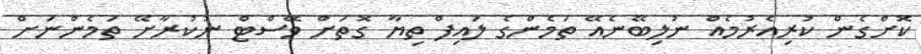
ކޮށްގެން ކުރިއެރުމެއް ނުލިބޭނެއޭ ތަމެންގެ ލައިފް ތިޔާ ގޮތަށް ވޭސްޓް ނުކުރާށޭ ތަމެންނަށް